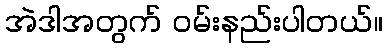
အဲဒါအတွက် ဝမ်းနည်းပါတယ်။